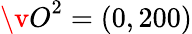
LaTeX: {\v O}^{2}=(0,200)